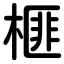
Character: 榧